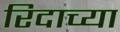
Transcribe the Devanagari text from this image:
रिदाच्या